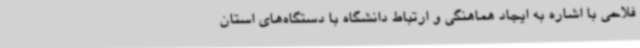
فلاحی با اشاره به ایجاد هماهنگی و ارتباط دانشگاه با دستگاه‌های استان